Report on the bubonic plague in Bombay, 1896-1897
Year: 1896
Disease focus: Plague
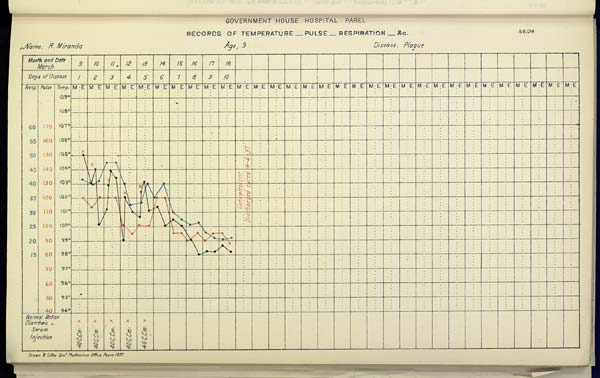
GOVERNMENT HOUSE HOSPITAL PAREL
RECORDS OF TEMPERATURE __ PULSE __ RESPIRATION __ &c. No. 124
Name,
R.
Miranda
Age,
9
Disease,
Plague
Drawn & Litho: Govt. Photozinco: Office, Poona 1897.